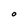
Character: O